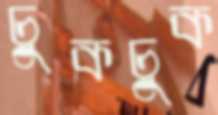
চুকচুক